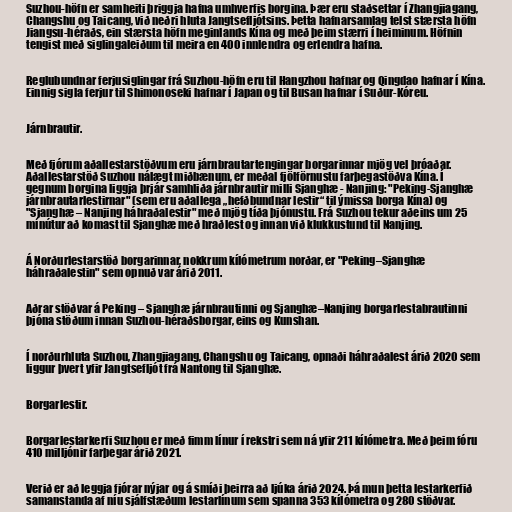
Suzhou-höfn er samheiti þriggja hafna umhverfis borgina. Þær eru staðsettar í Zhangjiagang,
Changshu og Taicang, við neðri hluta Jangtsefljótsins. Þetta hafnarsamlag telst stærsta höfn
Jiangsu-héraðs, ein stærsta höfn meginlands Kína og með þeim stærri í heiminum. Höfnin
tengist með siglingaleiðum til meira en 400 innlendra og erlendra hafna.

Reglubundnar ferjusiglingar frá Suzhou-höfn eru til Hangzhou hafnar og Qingdao hafnar í Kína.
Einnig sigla ferjur til Shimonoseki hafnar í Japan og til Busan hafnar í Suður-Kóreu.

Járnbrautir.

Með fjórum aðallestarstöðvum eru járnbrautartengingar borgarinnar mjög vel þróaðar.
Aðallestarstöð Suzhou nálægt miðbænum, er meðal fjölförnustu farþegastöðva Kína. Í
gegnum borgina liggja þrjár samhliða járnbrautir milli Sjanghæ - Nanjing: "Peking-Sjanghæ
járnbrautarlestirnar" (sem eru aðallega „hefðbundnar lestir“ til ýmissa borga Kína) og
"Sjanghæ – Nanjing háhraðalestir" með mjög tíða þjónustu. Frá Suzhou tekur aðeins um 25
mínútur að komast til Sjanghæ með hraðlest og innan við klukkustund til Nanjing.

Á Norðurlestarstöð borgarinnar, nokkrum kílómetrum norðar, er "Peking–Sjanghæ
háhraðalestin" sem opnuð var árið 2011.

Aðrar stöðvar á Peking – Sjanghæ járnbrautinni og Sjanghæ–Nanjing borgarlestabrautinni
þjóna stöðum innan Suzhou-héraðsborgar, eins og Kunshan.

Í norðurhluta Suzhou, Zhangjiagang, Changshu og Taicang, opnaði háhraðalest árið 2020 sem
liggur þvert yfir Jangtsefljót frá Nantong til Sjanghæ.

Borgarlestir.

Borgarlestarkerfi Suzhou er með fimm línur í rekstri sem ná yfir 211 kílómetra. Með þeim fóru
410 milljónir farþegar árið 2021.

Verið er að leggja fjórar nýjar og á smíði þeirra að ljúka árið 2024. Þá mun þetta lestarkerfið
samanstanda af níu sjálfstæðum lestarlínum sem spanna 353 kílómetra og 280 stöðvar.